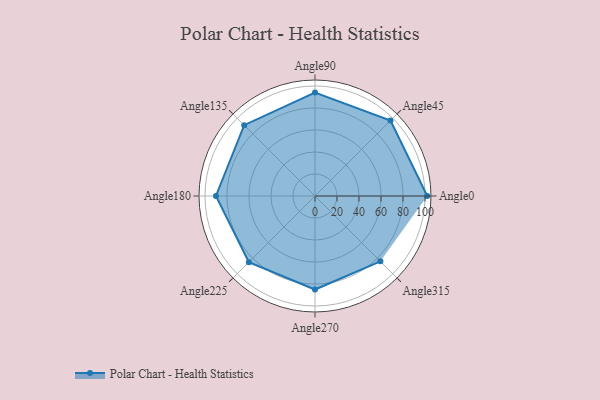
{"axis": {"x": "Angle", "y": "Radius"}, "legend": [""], "data": [{"x": "Angle0", "y": 102.0, "type": ""}, {"x": "Angle45", "y": 97.0, "type": ""}, {"x": "Angle90", "y": 94.0, "type": ""}, {"x": "Angle135", "y": 91.0, "type": ""}, {"x": "Angle180", "y": 90.0, "type": ""}, {"x": "Angle225", "y": 85.0, "type": ""}, {"x": "Angle270", "y": 85.0, "type": ""}, {"x": "Angle315", "y": 84.0, "type": ""}]}